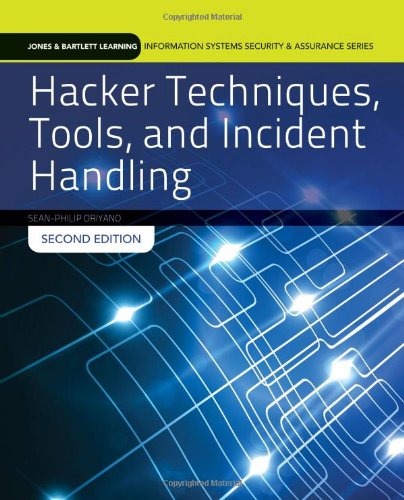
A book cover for Hacker Techniques, Tools, And Incident Handling (Jones & Bartlett Learning Information Systems Security & Ass); Sean-Philip Oriyano; Computers & Technology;